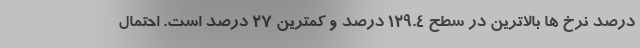
درصد نرخ ها بالاترین در سطح ۱۲۹.۴ درصد و کمترین ۲۷ درصد است. احتمال